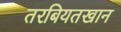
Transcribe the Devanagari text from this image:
तरबियतखान